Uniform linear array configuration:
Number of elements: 48
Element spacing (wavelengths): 0.75
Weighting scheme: uniform
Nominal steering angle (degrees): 30
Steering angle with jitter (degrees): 29.728
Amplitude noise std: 0.05
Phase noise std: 0.05

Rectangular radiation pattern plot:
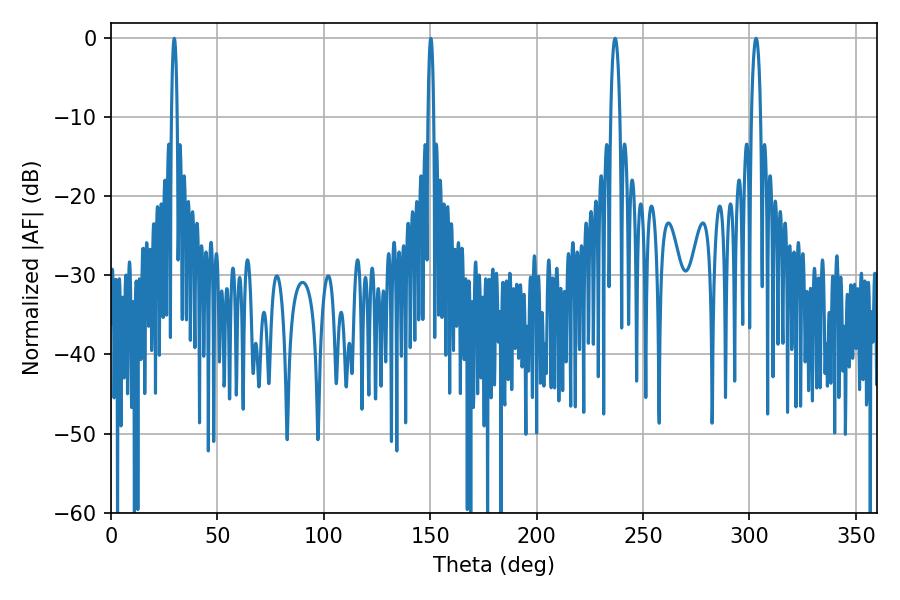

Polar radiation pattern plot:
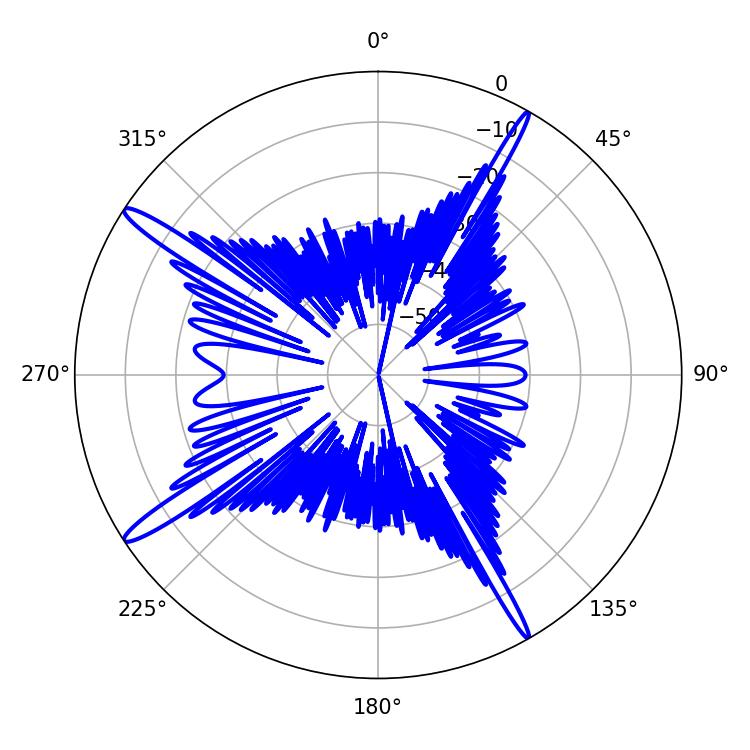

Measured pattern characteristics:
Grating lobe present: TRUE
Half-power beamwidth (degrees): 2.52
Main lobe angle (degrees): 236.88